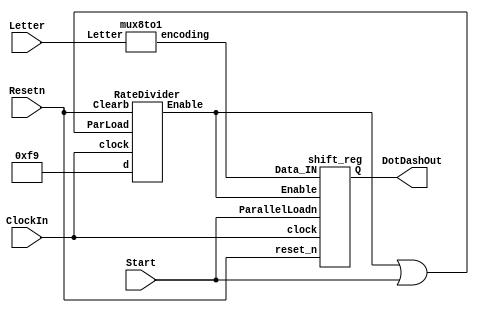
module part3(ClockIn, Resetn, Start, Letter, DotDashOut);
	input ClockIn;
	input Resetn;
	input Start;
	input [2:0]Letter;
	output DotDashOut;

	wire [11:0]encoding;
	wire Enablew;
	wire w1;
	assign w1 = Enablew|Start;
	
	mux8to1 mux(Letter[2:0], encoding[11:0]);
	
	RateDivider ratediv (.d(28'b0000000000000000000011111001),.ParLoad(w1),.Clearb(Resetn),.Enable(Enablew),.clock(ClockIn)); //28'b0001011111010111100000111111 25 mil //499 28'b0000000000000000000011111001
	
	shift_reg shifter(.clock(ClockIn), .reset_n(Resetn), .ParallelLoadn(Start), .Enable(Enablew), .Data_IN(encoding[11:0]), .Q(DotDashOut));
	
endmodule



module shift_reg(clock, reset_n, ParallelLoadn, Enable, Data_IN, Q);
	input clock;
	input reset_n;
	input ParallelLoadn;
	input [11:0]Data_IN;
	input Enable;
	output reg Q;
	reg [11:0]bits;
	always@(posedge clock or negedge reset_n) //active low asynch
		if (reset_n==1'b0)
		begin
			bits <= 12'b000000000000;
			Q<=1'b0;
		end
		else if (ParallelLoadn==1'b1)
		begin
			bits<=Data_IN;
			Q<=1'b1;
		end
		else if (Enable==1'b1)
		begin
			Q<=bits[11];
			bits <= {bits[10:0],bits[11]};
		end
endmodule
		
module RateDivider(d,ParLoad,Clearb,Enable,clock);
	
	output Enable;
	input [27:0]d;// declare d
	input Clearb, clock, ParLoad;
	reg[27:0] q;// declare q
	
	always@(posedge clock, negedge Clearb)// triggered every time clock rises
	begin
		if(Clearb==1'b0)// when Clearb is 0
			q <= 28'b0000000000000000000000000000;// q is set to 0
		else if(ParLoad  ==  1'b1)// Check if parallel load
			q <= d;// load d
		else  // increment q only when Enable is 1
			q <= q - 1;// decrease q
	end 
	assign Enable=(q[27:0]==28'b0000000000000000000000000000)?1:0;
endmodule
	

module mux8to1(Letter, encoding);
	input [2:0]Letter;
	output reg [11:0]encoding;
	always@(*)
	begin
		case(Letter[2:0])
			3'b000: encoding[11:0]  = 12'b101110000000;
			3'b001: encoding[11:0]  = 12'b111010101000;
			3'b010: encoding[11:0]  = 12'b111010111010;
			3'b011: encoding[11:0]  = 12'b111010100000;
			3'b100: encoding[11:0]  = 12'b100000000000;
			3'b101: encoding[11:0]  = 12'b101011101000;
			3'b110: encoding[11:0]  = 12'b111011101000;
			3'b111: encoding[11:0]  = 12'b101010100000;
			default encoding[11:0]  = 12'b000000000000;
		endcase
	end
endmodule